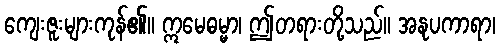
ကျေးဇူးများကုန်၏။ ဣမေဓမ္မာ၊ ဤတရားတို့သည်။ အနုပကာရာ၊